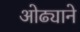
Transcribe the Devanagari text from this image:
ओढ्याने